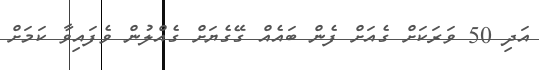
އަދި 50 ވަރަކަށް ގެއަށް ފެން ބައެއް ގޭގެޔަށް ގެއްލުން ވެފައިވާ ކަމަށް